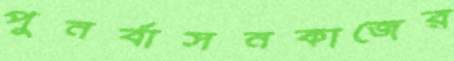
পুনর্বাসনকাজের